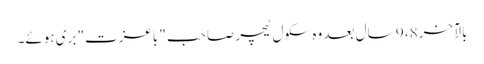
بالآخر 8، 9 سال بعد وہ سکول ٹیچر صاحب "باعزت" بری ہوئے۔